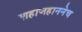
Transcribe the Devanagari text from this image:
शहाजहाननेच